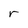
Character: r